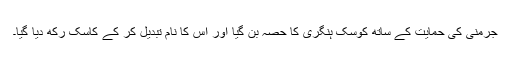
جرمنی کی حمایت کے ساتھ کوسک ہنگری کا حصہ بن گیا اور اس کا نام تبدیل کر کے کاسک رکھ دیا گيا۔